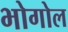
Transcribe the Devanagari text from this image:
भोगोल